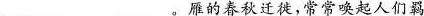
___。雁的春秋迁徙，常常唤起人们羁